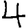
Digit: 4